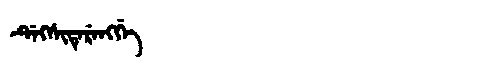
Manchu: ᡩᡝᡴᠰᡳᡨᡝᡵᡝᠩᡤᡝ
Romanization: DEKSITERENGGE